Annual report on the Civil Veterinary Department, Burma (including the Insein Veterinary School) - 1923-1931
Year: 1923
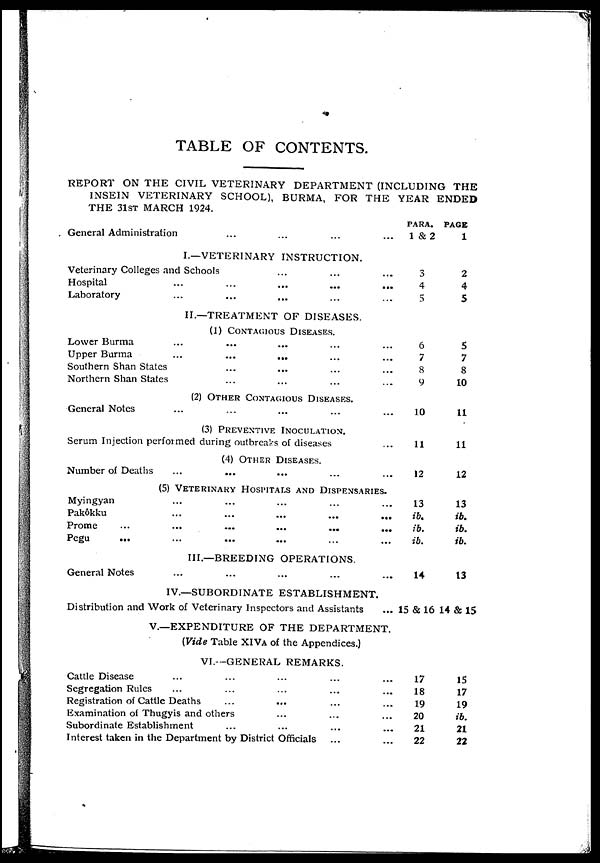
TABLE OF CONTENTS.
REPORT ON THE CIVIL VETERINARY DEPARTMENT (INCLUDING THE
INSEIN VETERINARY SCHOOL), BURMA, FOR THE YEAR ENDED
THE 31ST MARCH 1924.
General Administration ... ... ... ...
I.—VETERINARY INSTRUCTION.
Veterinary Colleges and Schools ... ... ...
Hospital ... ... ... ... ...
Laboratory ... ... ... ... ...
II.—TREATMENT OF DISEASES.
(1) CONTAGIOUS DISEASES.
Lower Burma ... ... ... ... ...
Upper Burma
...
... ... ... ...
Southern Shan States ... ... ... ...
Northern Shan States ... ... ... ...
(2) OTHER CONTAGIOUS DISEASES.
General Notes ... ... ... ... ...
(3) PREVENTIVE INOCULATION.
Serum Injection performed during outbreaks of diseases ...
(4) OTHER DISEASES.
Number of Deaths ... ... ... ... ...
(5) VETERINARY HOSPITALS AND DISPENSARIES.
Myingyan ... ... ... ... ...
Pakôkku ... ... ... ... ...
Prome
...
...
...
...
... ...
Pegu ... ... ... ... ... ...
III—BREEDING OPERATIONS.
General Notes
PARA.
1 &2
3
4
5
6
7
8
9
10
11
12
13
ib.
ib.
ib.
14
PAGE
1
2
4
5
5
7
8
10
11
11
12
13
ib.
ib.
ib.
13
IV.—SUBORDINATE ESTABLISHMENT.
Distribution and Work of Veterinary Inspectors and Assistants ...
V.—EXPENDITURE OF THE DEPARTMENT.
(Vide Table XIVA of the Appendices.)
VI.—GENERAL REMARKS.
Cattle Disease ... ... ... ... ...
Segregation Rules ... ... ... ... ...
Registration of Cattle Deaths ... ... ... ...
Examination of Thugyis and others ... ... ...
Subordinate Establishment ... ... ... ...
Interest taken in the Department by District Officials ... ...
15 & 16 14 & 15
17
18
19
20
21
22
15
17
19
ib.
21
22